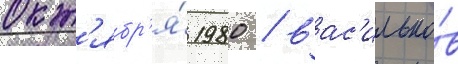
окт'ябр'я́ 1980 / вас'илько́в